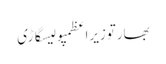
بھارتوزیراعظمپولیسگاڑی